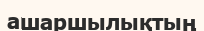
ашаршылықтың